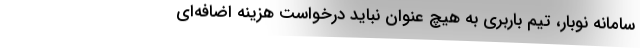
سامانه نوبار، تیم باربری به هیچ عنوان نباید درخواست هزینه اضافه‌ای